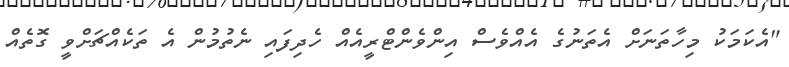
"އެކަމަކު މިހާތަނަށް އެތަނުގެ އެއްވެސް އިންވެންޓްރީއެއް ހެދިފައި ނެތުމުން އެ ތަކެއްޗަށްވީ ގޮތެއް